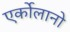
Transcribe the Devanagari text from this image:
एर्कोलानो